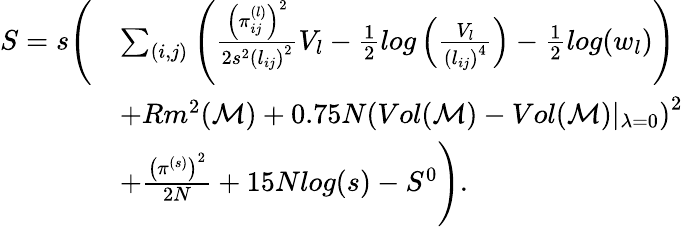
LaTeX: \begin{array}{rl}{S=s\Bigg(}&{\sum_{(i,j)}\left(\frac{\left(\pi_{ij}^{(l)}\right)^{2}}{2s^{2}\left(l_{ij}\right)^{2}}V_{l}-\frac{1}{2}log\left(\frac{V_{l}}{\left(l_{ij}\right)^{4}}\right)-\frac{1}{2}log(w_{l})\right)}\\ &{+Rm^{2}(\mathcal{M})+0.75N\left(Vol(\mathcal{M})-Vol(\mathcal{M})\vert_{\lambda=0}\right)^{2}}\\ &{+\frac{\left(\pi^{(s)}\right)^{2}}{2N}+15Nlog(s)-S^{0}\Bigg).}\end{array}